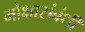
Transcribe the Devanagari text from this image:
मोक्षासंबंधी